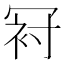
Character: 𠖌